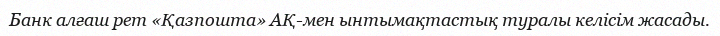
Банк алғаш рет «Қазпошта» АҚ-мен ынтымақтастық туралы келісім жасады.